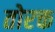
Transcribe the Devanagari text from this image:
तोरक्त